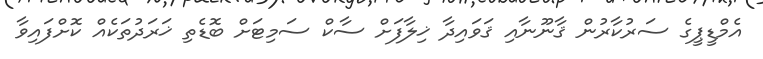
އެމްޑީޕީގެ ސަރުކާރުން ޤާނޫނާއި ޤަވައިދާ ޚިލާފަށް ސާކް ސަމިޓަށް ބޮޑެތި ޚަރަދުތަކެއް ކޮށްފައިވާ